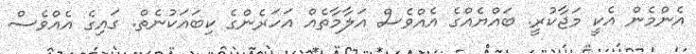
އެންމެން އެކީ މަޖާކުރީ. ބައްޔެއްގެ އެއްވެސް އަލާމާތެއް އަހަރެންގެ ކިބައަކުނެތް. ގައިގެ އެއްވެސް